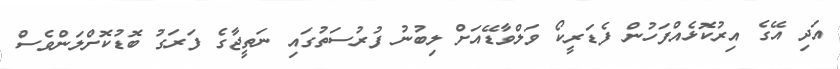
އަދި އޭގެ އިރުކޮޅެއްފަހުން ފެޑަރީކޯ ވަލްވާޑޭއަށް ލިބުނު ފުރުސަތުގައި ނަތީޖާގެ ފަރަގު ބޮޑުކޮށްލަންވެސް